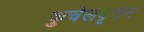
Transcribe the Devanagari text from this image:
कुचेलवृत्तम